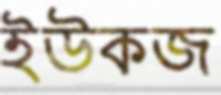
ইউকজ